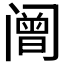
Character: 𰿼